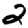
Digit: 2